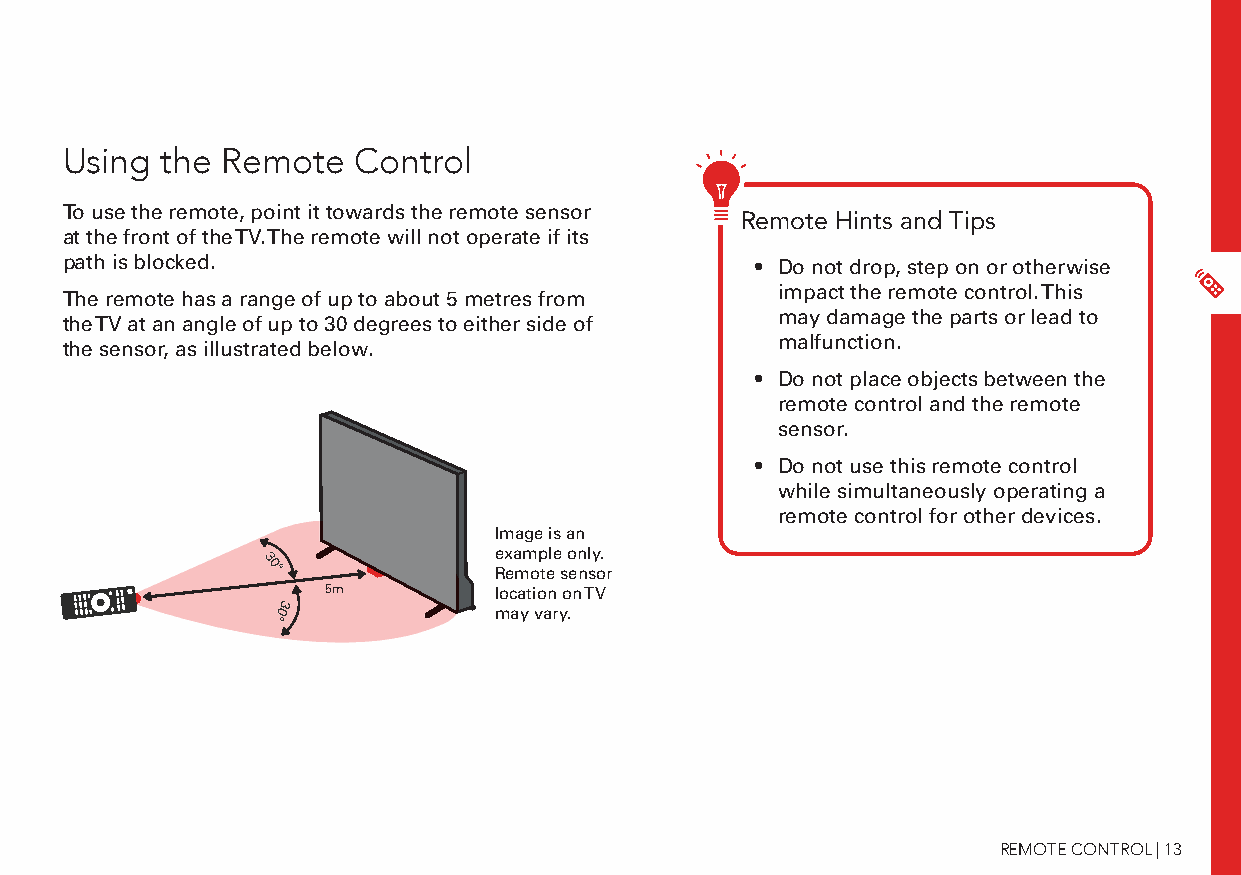
Using  the Remote  Control
 To use the remote, point it towards the remote sensor
 Remote Hints and Tips
 at the front of the TV. The remote will not operate if its
 path is blocked.                              • Do not drop, step on or otherwise
 The remote has a range of up to about 5 metres from impact the remote control. This
 the TV at an angle of up to 30 degrees to either side of may damage the parts or lead to
 the sensor, as illustrated below.              malfunction.
 • Do not place objects between the
 remote control and the remote
 sensor.
 • Do not use this remote control
 while simultaneously operating a
 remote control for other devices.
 Image is an
 example only.
 Remote sensor
 5m         location on TV
 may vary.
 REMOTE CONTROL | 13